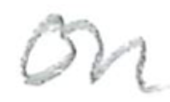
Text: on
Cross-out: clean
Writing tool: pencil